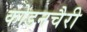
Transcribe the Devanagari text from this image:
कोडनचैरी